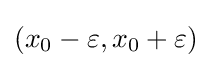
\left(x_{0}-\varepsilon ,x_{0}+\varepsilon \right)